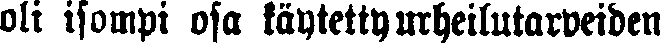
oli isompi osa käytetty urheilutarpeiden